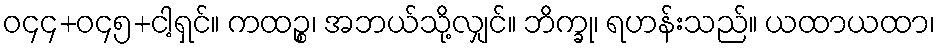
ဝ၄၄+ဝ၄၅+ငါ့ရှင်။ ကထဉ္စ၊ အဘယ်သို့လျှင်။ ဘိက္ခု၊ ရဟန်းသည်။ ယထာယထာ၊